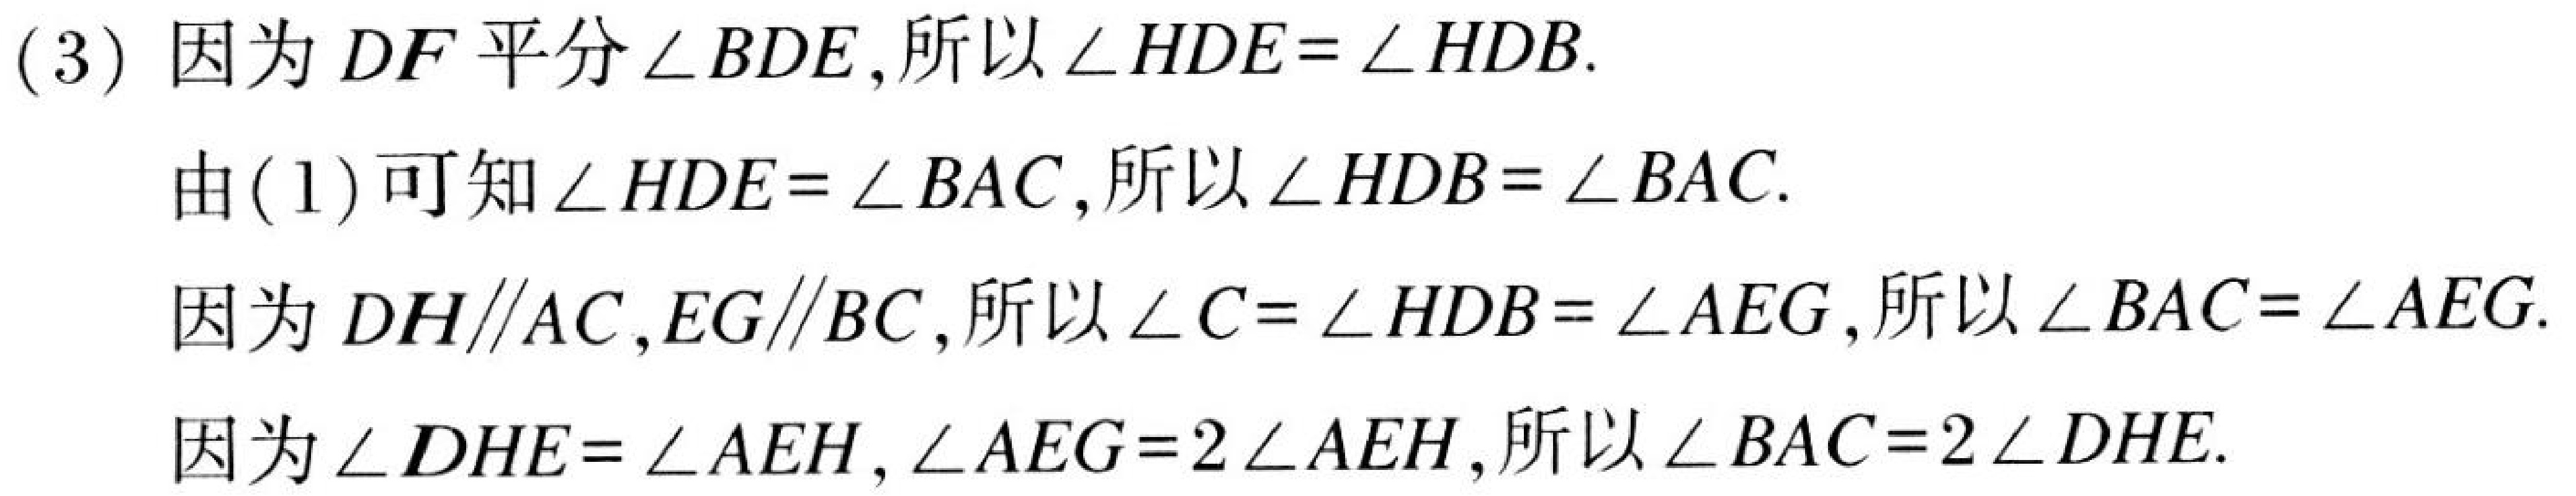
(3) 因为$DF$平分$\angle BDE$,所以$\angle HDE=\angle HDB$.
由(1)可知$\angle HDE=\angle BAC$,所以$\angle HDB=\angle BAC$.
因为$DH\parallel AC,EG\parallel BC$,所以$\angle C=\angle HDB=\angle AEG$,所以$\angle BAC=\angle AEG$.
因为$\angle DHE=\angle AEH,\angle AEG = 2\angle AEH$,所以$\angle BAC=2\angle DHE$.